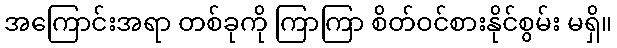
အကြောင်းအရာ တစ်ခုကို ကြာကြာ စိတ်ဝင်စားနိုင်စွမ်း မရှိ။